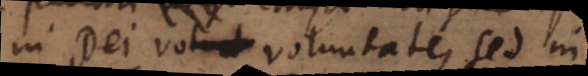
in Dei voluntate, sed in